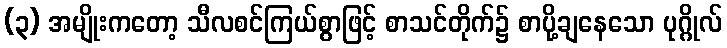
(၃) အမျိုးကတော့ သီလစင်ကြယ်စွာဖြင့် စာသင်တိုက်၌ စာပို့ချနေသော ပုဂ္ဂိုလ်